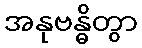
အနုဗန္ဓိတွာ